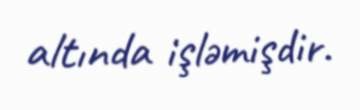
altında işləmişdir.